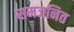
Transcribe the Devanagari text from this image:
समजनित